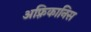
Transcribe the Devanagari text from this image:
अफ़्रिकानिस